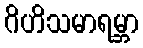
ဂိဟိသမာရမ္ဘာ